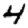
Digit: 4